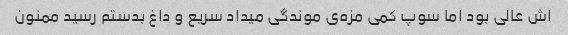
اش عالی بود اما سوپ کمی مزه‌ی موندگی میداد سریع و داغ بدستم رسید ممنون